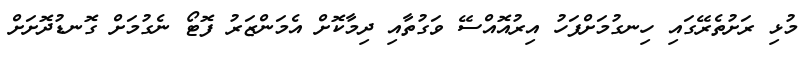
މުޅި ރަށުތެރޭގައި ހިނގުމަށްފަހު އިރުއޮއްސޭ ވަގުތާއި ދިމާކޮށް އެމަންޒަރު ފޮޓޯ ނެގުމަށް ގޮނޑުދޮށަށް